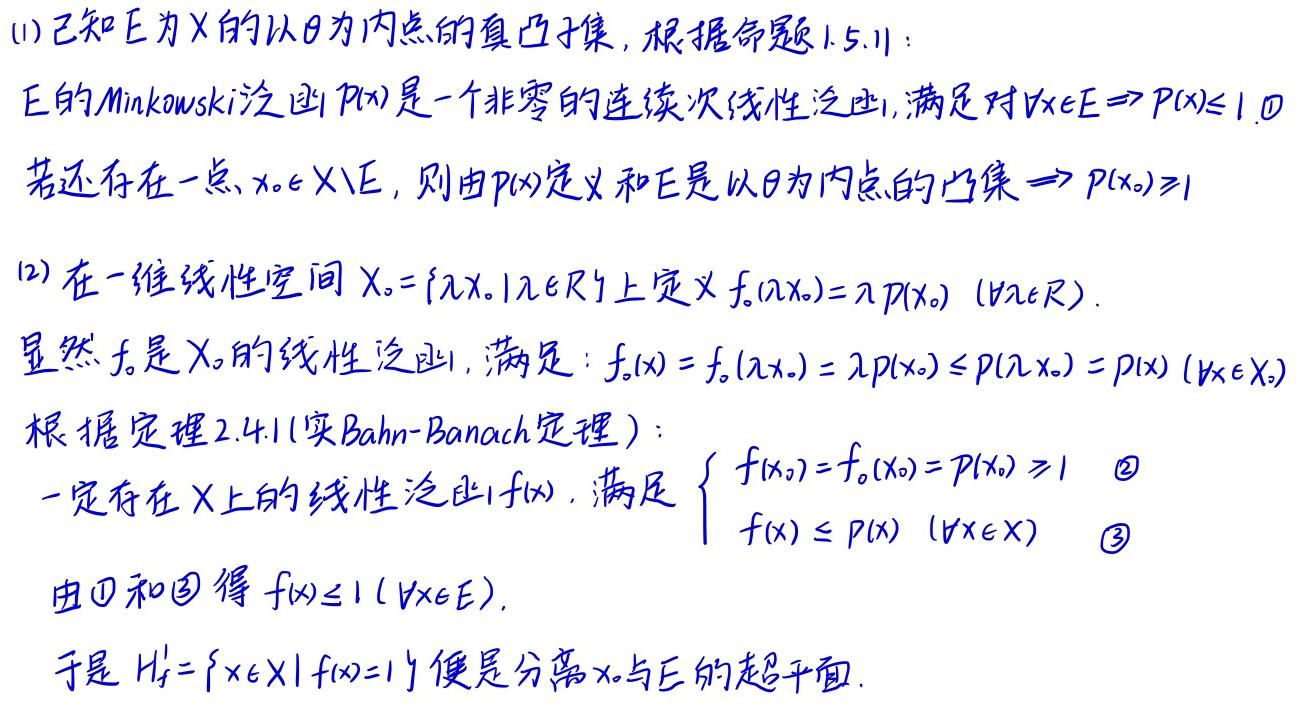
(1) 已知 \(E\) 为 \(X\) 的以 \(\theta\) 为内点的真凸子集，根据命题1.5.11：
\(E\) 的Minkowski泛函 \(p(x)\) 是一个非零的连续次线性泛函，满足对 \(\forall x\in E\Rightarrow p(x)\leq 1\)。
若还存在一点 \(x_0\in X\setminus E\)，则由 \(p(x)\) 定义和 \(E\) 是以 \(\theta\) 为内点的凸集 \(\Rightarrow p(x_0)\geq 1\)。

(2) 在一维线性空间 \(X_0 = \{ \lambda x_0|\lambda\in\mathbb{R}\}\) 上定义 \(f_0(\lambda x_0)=\lambda p(x_0)\ (\forall\lambda\in\mathbb{R})\)。
显然 \(f_0\) 是 \(X_0\) 的线性泛函，满足：\(f_0(x)=f_0(\lambda x_0)=\lambda p(x_0)\leq p(\lambda x_0)=p(x)\ (\forall x\in X_0)\)。
根据定理2.4.1(实Bahn - Banach定理)：
一定存在 \(X\) 上的线性泛函 \(f(x)\)，满足 \(\begin{cases}f(x_0)=f_0(x_0)=p(x_0)\geq 1 & \textcircled{2}\\f(x)\leq p(x)\ (\forall x\in X)& \textcircled{3}\end{cases}\)
由\textcircled{1}和\textcircled{3}得 \(f(x)\leq 1\ (\forall x\in E)\)。
于是 \(H_f^1=\{x\in X|f(x) = 1\}\) 便是分离 \(x_0\) 与 \(E\) 的超平面。